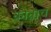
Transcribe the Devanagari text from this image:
कोन्नाच